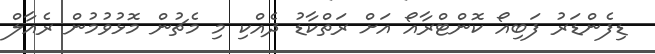
ޑިފެންޑަރު ފަބިއޯ ކޮންޓްރާއޯ އަށް ރަތްކާޑު ދެއްކި މި މެޗުން މޮޅުވުމުން ރެއާލް